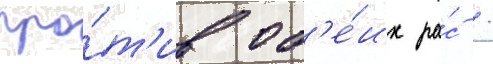
про́т'ив об'е́их ра́с /